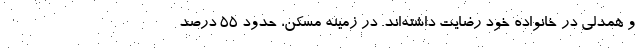
و همدلی در خانواده خود رضایت داشته‌اند. در زمینه مسکن، حدود ۵۵ درصد